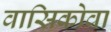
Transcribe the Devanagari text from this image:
वासिकोवा